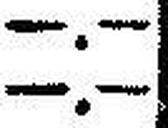
—.—